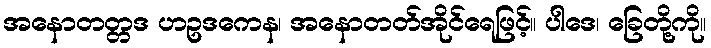
အနောတတ္တဒ ဟဥဒကေန၊ အနောတတ်အိုင်ရေဖြင့်။ ပါဒေ၊ ခြေတို့ကို။